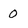
Character: o